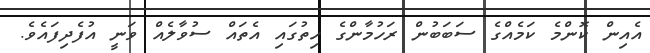
އެއިން ކޮންމެ ކަމެއްގެ ސަބަބުން ރަހުމާންގެ ހިތުގައި އެތައް ސުވާލެއް ވަނީ އުފެދިފައެވެ.